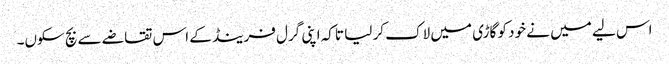
اس لیے میں نے خود کو گاڑی میں لاک کر لیا تاکہ اپنی گرل فرینڈ کے اس تقاضے سے بچ سکوں۔